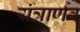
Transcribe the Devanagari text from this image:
यंत्रार्णव